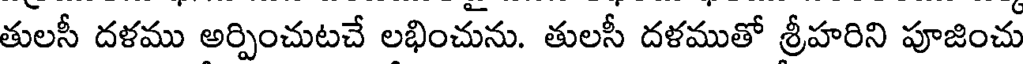
తులసీ దళము అర్పించుటచే లభించును. తులసీ దళముతో శ్రీహరిని పూజించు